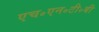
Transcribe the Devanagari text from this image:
एच॰एन॰टी॰बी